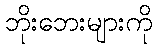
ဘိုးဘေးများကို